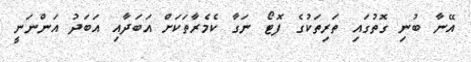
އޭނާ ބުނި ގޮތުގައި ތަރިތަކުގެ ފޮޓޯ ނަގާ ކެމެރާތަކަށް އަބަދާއި އަބަދު އަންނަނީ